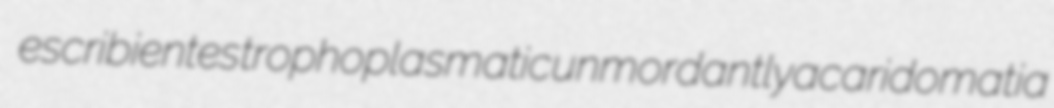
escribientes trophoplasmatic unmordantly acaridomatia